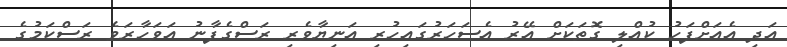
އަދި އެއަށްފަހު ކުއްލި ގޮތަކަށް އޭރު އެސަހަރުގައިހުރި އަނިޔާވެރި ރަސްގެފާނު އަވަހާރަވެ ރަސްކަމުގެ